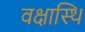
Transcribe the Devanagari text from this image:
वक्षास्थि